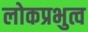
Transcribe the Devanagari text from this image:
लोकप्रभुत्व